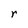
Character: r